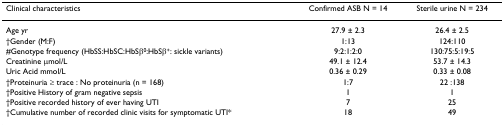
<table><thead><tr><td><b>Clinical characteristics</b></td><td><b>Confirmed ASB N = 14</b></td><td><b>Sterile urine N = 234</b></td></tr></thead><tbody><tr><td>Age yr</td><td>27.9 ± 2.3</td><td>26.4 ± 2.5</td></tr><tr><td>†Gender (M:F)</td><td>1:13</td><td>124:110</td></tr><tr><td>#Genotype frequency (HbSS:HbSC:HbSβ<sup>0</sup>:HbSβ<sup>+</sup>: sickle variants)</td><td>9:2:1:2:0</td><td>130:75:5:19:5</td></tr><tr><td>Creatinine μmol/L</td><td>49.1 ± 12.4</td><td>53.7 ± 14.3</td></tr><tr><td>Uric Acid mmol/L</td><td>0.36 ± 0.29</td><td>0.33 ± 0.08</td></tr><tr><td>†Proteinuria ≥ trace : No proteinuria (n = 168)</td><td>1:7</td><td>22 :138</td></tr><tr><td>†Positive History of gram negative sepsis</td><td>1</td><td>1</td></tr><tr><td>†Positive recorded history of ever having UTI</td><td>7</td><td>25</td></tr><tr><td>†Cumulative number of recorded clinic visits for symptomatic UTI*</td><td>18</td><td>49</td></tr></tbody></table>